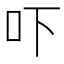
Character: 吓